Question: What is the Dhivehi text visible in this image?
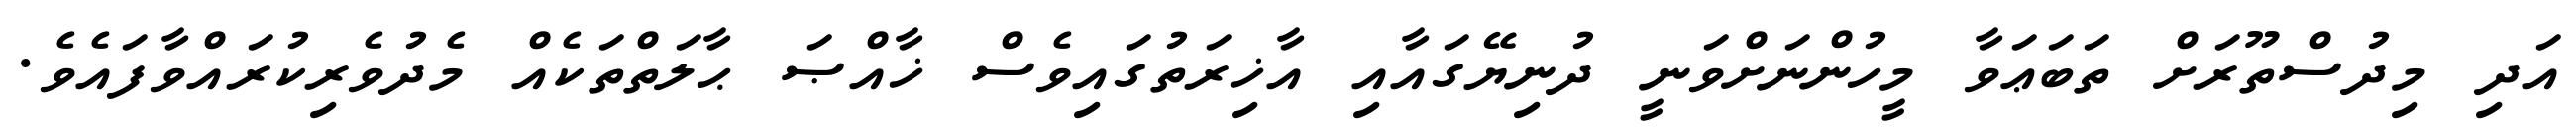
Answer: އަދި މިދުސްތޫރަށް ތަބަޢަވާ މީހުންނަށްވަނީ ދުނިޔޭގައާއި އާޚިރަތުގައިވެސް ޚާއްޞަ ޙާލަތްތަކެއް މެދުވެރިކުރައްވާފައެވެ.